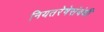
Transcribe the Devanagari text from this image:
नियतरेषेसंबंधी